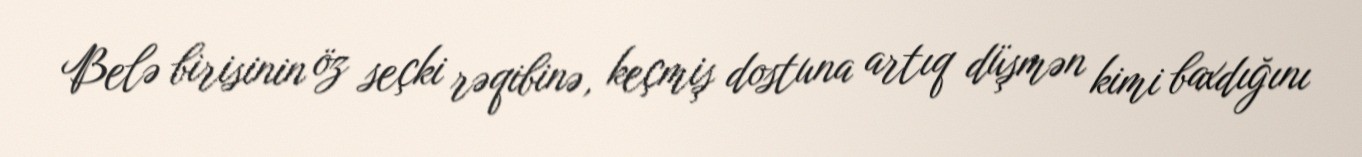
Belə birisinin öz seçki rəqibinə, keçmiş dostuna artıq düşmən kimi baxdığını